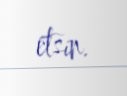
etsin.